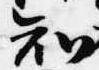
知